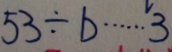
5 3 \div b \cdots 3